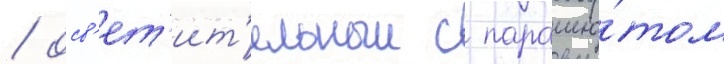
/ осв'ет'ит'ельныи с парашю́том